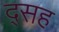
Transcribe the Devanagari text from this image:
द्सह